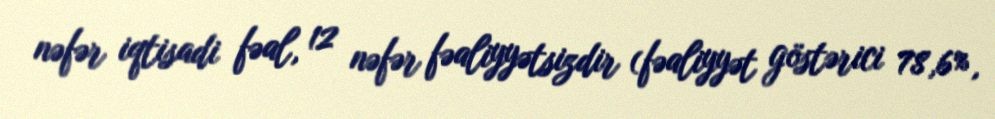
nəfər iqtisadi fəal, 12 nəfər fəaliyyətsizdir (fəaliyyət göstərici 78,6%,